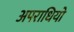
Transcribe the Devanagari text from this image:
अपराधियो